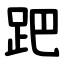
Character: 跁